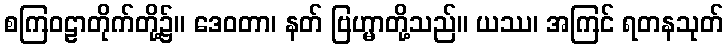
စကြဝဠာတိုက်တို့၌။ ဒေဝတာ၊ နတ် ဗြဟ္မာတို့သည်။ ယဿ၊ အကြင် ရတနသုတ်